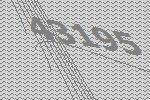
43195